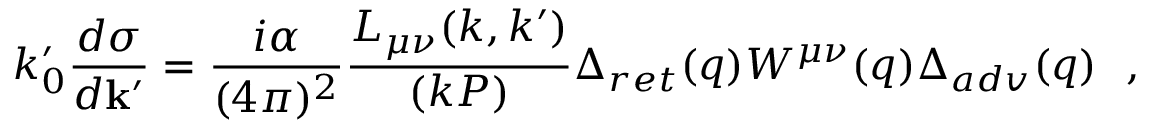
k _ { 0 } ^ { \prime } { \frac { d \sigma } { d { \bf k ^ { \prime } } } } = { \frac { i \alpha } { ( 4 \pi ) ^ { 2 } } } { \frac { L _ { \mu \nu } ( k , k ^ { \prime } ) } { ( k P ) } } \Delta _ { r e t } ( q ) W ^ { \mu \nu } ( q ) \Delta _ { a d v } ( q ) ~ ~ ,